system: You are a helpful assistant.
user:
Analyze the provided spectrum to determine if it is a **White Dwarf (WD)**.

A White Dwarf spectrum is defined by its **extreme purity** (due to gravitational settling) and/or **extreme pressure broadening** (due to high surface gravity). You must check for one of the following mutually exclusive signatures:

- **Key Visual Indicators (Check for ONE of these types):**

    - **1. DA-Type Signature (Most Common):**
        - **(Primary Feature):** Extreme pressure broadening (Stark broadening) of the **Hydrogen (H) Balmer lines**.
        - **(Key Lines):** $H\beta$ (approx. $4861$ Å) and $H\gamma$ (approx. $4340$ Å). $H\alpha$ (approx. $6563$ Å) will also be present if the wavelength range covers it.
        - **(Line Profile):** This is the **defining feature**. The lines are **NOT** sharp. They appear as massive, **extremely broad and deep "troughs" or "dips"** in the spectrum, often hundreds of Ångströms wide. The continuum will appear to "scoop" down at these wavelengths.
        - **(Distinction):** Normal A-type or B-type stars have *narrow* and *sharp* Hydrogen lines. A DA White Dwarf's lines are unmistakably "smeared" or "blurry" from pressure.

    - **2. DB-Type Signature:**
        - **(Primary Feature):** Broad absorption lines from **Neutral Helium (He I)**. The spectrum must lack any visible Hydrogen lines.
        - **(Key Lines):** Look for broad absorption near $4471$ Å, $4921$ Å, and $5876$ Å.
        - **(Line Profile):** These lines are also significantly pressure-broadened, appearing much wider than they would in a normal B-type main-sequence star.

    - **3. DC-Type Signature:**
        - **(Primary Feature):** A **featureless continuous spectrum**.
        - **(Line Profile):** The spectrum is a smooth curve with **no significant absorption or emission lines**.
        - **(Key Confirmation):** The continuum is almost always **blue or white**, indicating a hot object. This signature implies the atmosphere is so pure (or so cool) that no spectral lines are visible in the optical range. Its WD identity is confirmed by its extremely low intrinsic brightness (high absolute magnitude).

    - **4. DZ-Type Signature (Metal-Polluted):**
        - **(Primary Feature):** **Isolated, narrow metal absorption lines** on an otherwise featureless (DC-like) continuum.
        - **(Key Lines):** The **Calcium (Ca II) H & K doublet** (approx. **$3934$ Å** and **$3968$ Å**) is the most common and defining feature.
        - **(Line Profile):** These lines are "out of place." They are *not* part of a "forest" of thousands of lines. This signature is evidence of recent *accretion* (pollution) from rocky debris.
        - **(Distinction):** Normal G/K/M stars have a *dense forest* of thousands of metal lines. A DZ has a *clean* continuum with *only a few* strong metal lines.

    - **5. DQ-Type Signature (Carbon-Polluted):**
        - **(Primary Feature):** Absorption bands from **Carbon (C₂ "Swan Bands" or atomic C I)**.
        - **(Key Lines - C₂):** Look for bandheads with a "saw-tooth" shape near $5635$ Å, **$5165$ Å** (strongest), and $4737$ Å.
        - **(Key Confirmation):** The underlying **continuum must be blue or white** (hot).
        - **(Distinction):** This is the critical difference from a **Carbon Star**, which has the *exact same* C₂ bands but on an extremely **red, cool** continuum.

- **(Overall Spectrum):**
    - The continuum (overall shape) is typically **blue-sloping** (brighter in the blue than the red), as most white dwarfs are very hot.
    - The spectrum will look "pure" or "simple," dominated by only *one* of the five signatures listed above.

Think first, call **spectral_visualization_tool** if needed to examine features in detail, then provide your final answer. Your response must adhere to the following strict rules:
1.  **Overall Structure:** Your response must follow the format `<think>...</think> <tool_call>...</tool_call> (if a tool is used) <answer>...</answer>`.
2.  **Tool Usage Constraint:** You may only make **one** tool call per turn.
3.  **Final Answer Format:** In the `<answer>` tag, your conclusion must be inside a `\boxed{}` command (e.g., `\boxed{YES}` or `\boxed{NO}`), followed by your justification.

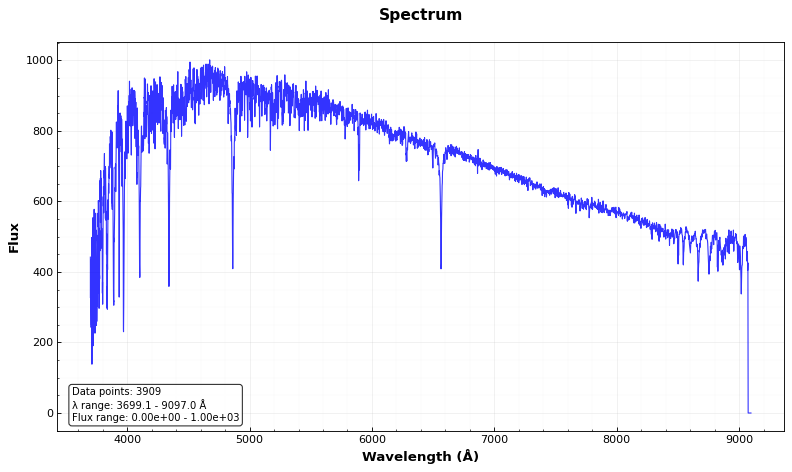
Answer: NO